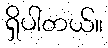
ရှိပါတယ်။